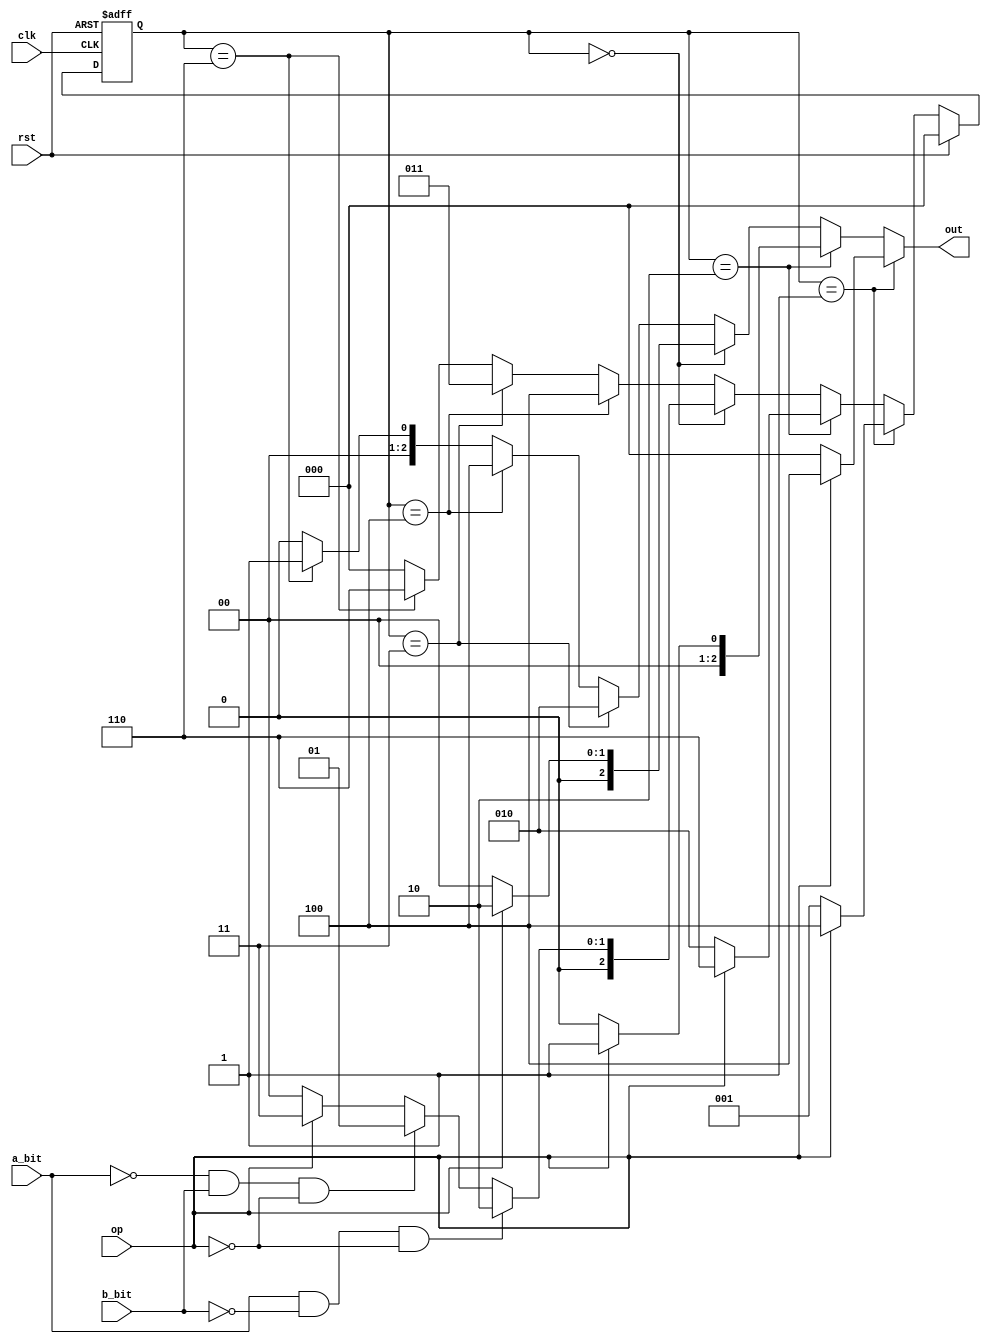
`timescale 1ns / 1ps
//////////////////////////////////////////////////////////////////////////////////
// Group:21
// Members:  Debanjan Saha [19CS30014], Pritkumar Godhani [19CS10048]
//  
// Module Name: SequentialComparator [main FSM module]
// Project Name: Assignment-5 Question 4
//
//////////////////////////////////////////////////////////////////////////////////
module SequentialComparator(a_bit, b_bit, op, out, clk, rst);
	input a_bit, b_bit, rst, clk, op;
	output reg [2:0] out; // L-E-G signal in order
	reg [2:0] next_state, present_state;
	
	/** Machine Description:
		- Input : a_bit, b_bit, next bits of A and B respectively from MSB to LSB.
		- Type : Mealy
		- States : S0, S1, S2 representating A==B (temp), A<B (temp), A>B (temp) respectively.
				   : SFL, SFE, SFG representating A<B(final state), A==B(final state), A>B(final state) respectively.
	*/
	parameter S0 = 3'b000, S1 = 3'b001, S2 = 3'b010, SFE = 3'b011, SFL = 3'b100, SFG = 3'b110;
	
	// Sequential Logic (Async Reset)
	always @ (posedge clk or posedge rst) begin
		if(rst)
			present_state <= S0;
		else
			present_state <= next_state;
	end 
	
	// Next State Logic
	always @ (*) begin
		if(rst)
			next_state = S0;
		else if(present_state == S1) // if A is lesser by a previous(more significant) bit then it will remain lesser no matter the inputs
			next_state = op ? SFL : S1;
		else if(present_state == S2) // similarly, if A is greater by a previous(more significant) bit then it will remain greater  no matter what the input
			next_state = op ? SFG : S2;
		else if(present_state == S0) begin // if the current state is equal then following cases arise
			if(a_bit == 1 && b_bit == 0 && op == 0) // if equal until now and A sees a 1 and B sees a 0, A is greater
				next_state = S2;
			else if(a_bit == 0 && b_bit == 1 && op == 0) // if equal until now and A sees 0 and B sees 1, A is lesser
				next_state = S1;
			else if(op == 1)// if A and B see the same bit then still equal
				next_state = SFE;
			else
				next_state = S0;
			end	
		else if(present_state == SFL)
			next_state = SFL;
		else if(present_state == SFE)
			next_state = SFE;
		else if(present_state == SFG)
			next_state = SFG;
		else 
			next_state = S0;
	end
	
	// Output Logic
	always @ (*) begin
		if(present_state == S1) // if A is lesser by a previous(more significant) bit then it will remain lesser no matter the inputs
			out = op ? 3'b100 : 3'b000;
		else if(present_state == S2) // similarly, if A is greater by a previous(more significant) bit then it will remain greater  no matter what the input
			out = op ? 3'b001 : 3'b000;
		else if(present_state == S0) // if the current state is equal then following cases arise
			out = op ? 3'b010 : 3'b000;
		else if(present_state == SFE) 
			out = 3'b010; // when in a final equal state, any input will give 010
		else if(present_state == SFL)
			out = 3'b100; // when in a final lesser state, any input will give 100
		else if(present_state == SFG)
			out = 3'b001; // when in a final greater state, any input will give 001
		else
			out = 3'b000; // default
	end
		
endmodule